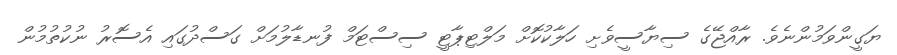
ޔަގީންވަމުންނެވެ. ރާއްޖޭގެ ސިޔާސީވެށި ހަލާކުކޮށް މަލްޓިޕާޓީ ސިސްޓަމް ފުނޑާލުމަށް ގަސްދުގައި އެސޮރު ނުކުތުމުން